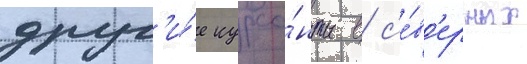
друг'и́е курса́нты в с'е́в'ерных